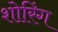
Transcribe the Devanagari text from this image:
शोरिंग